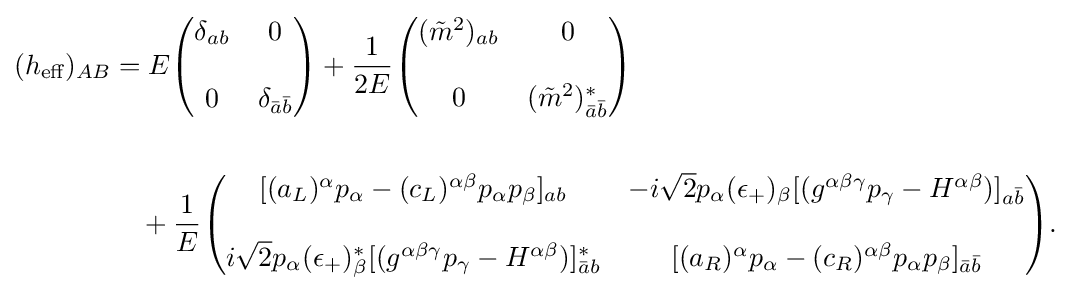
{\begin{aligned}(h_{\text{eff}})_{AB}&=E{\begin{pmatrix}\delta _{ab}&0\\\\0&\delta _{{\bar {a}}{\bar {b}}}\end{pmatrix}}+{\frac {1}{2E}}{\begin{pmatrix}({\tilde {m}}^{2})_{ab}&0\\\\0&({\tilde {m}}^{2})_{{\bar {a}}{\bar {b}}}^{*}\end{pmatrix}}\\\\&\quad +{\frac {1}{E}}{\begin{pmatrix}[(a_{L})^{\alpha }p_{\alpha }-(c_{L})^{\alpha \beta }p_{\alpha }p_{\beta }]_{ab}&-i{\sqrt {2}}p_{\alpha }(\epsilon _{+})_{\beta }[(g^{\alpha \beta \gamma }p_{\gamma }-H^{\alpha \beta })]_{a{\bar {b}}}\\\\i{\sqrt {2}}p_{\alpha }(\epsilon _{+})_{\beta }^{*}[(g^{\alpha \beta \gamma }p_{\gamma }-H^{\alpha \beta })]_{{\bar {a}}b}^{*}&[(a_{R})^{\alpha }p_{\alpha }-(c_{R})^{\alpha \beta }p_{\alpha }p_{\beta }]_{{\bar {a}}{\bar {b}}}\end{pmatrix}}.\end{aligned}}